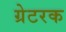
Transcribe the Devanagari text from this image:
ग्रेटरक